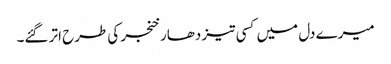
میرے دل میں کسی تیز دھار خنجر کی طرح اتر گئے۔